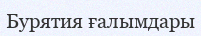
Бурятия ғалымдары